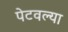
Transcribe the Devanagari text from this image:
पेटवल्या